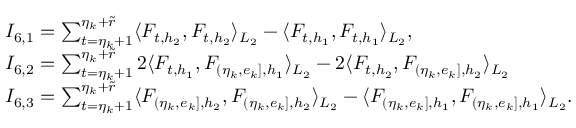
\begin{array} { r l } & { I _ { 6 , 1 } = \sum _ { t = \eta _ { k } + 1 } ^ { \eta _ { k } + \widetilde { r } } \langle F _ { t , h _ { 2 } } , F _ { t , h _ { 2 } } \rangle _ { L _ { 2 } } - \langle F _ { t , h _ { 1 } } , F _ { t , h _ { 1 } } \rangle _ { L _ { 2 } } , } \\ & { I _ { 6 , 2 } = \sum _ { t = \eta _ { k } + 1 } ^ { \eta _ { k } + \widetilde { r } } 2 \langle F _ { t , h _ { 1 } } , F _ { ( \eta _ { k } , e _ { k } ] , { h _ { 1 } } } \rangle _ { L _ { 2 } } - 2 \langle F _ { t , h _ { 2 } } , F _ { ( \eta _ { k } , e _ { k } ] , { h _ { 2 } } } \rangle _ { L _ { 2 } } } \\ & { I _ { 6 , 3 } = \sum _ { t = \eta _ { k } + 1 } ^ { \eta _ { k } + \widetilde { r } } \langle F _ { ( \eta _ { k } , e _ { k } ] , { h _ { 2 } } } , F _ { ( \eta _ { k } , e _ { k } ] , { h _ { 2 } } } \rangle _ { L _ { 2 } } - \langle F _ { ( \eta _ { k } , e _ { k } ] , { h _ { 1 } } } , F _ { ( \eta _ { k } , e _ { k } ] , { h _ { 1 } } } \rangle _ { L _ { 2 } } . } \end{array}